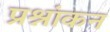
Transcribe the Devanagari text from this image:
प्रश्नांकन